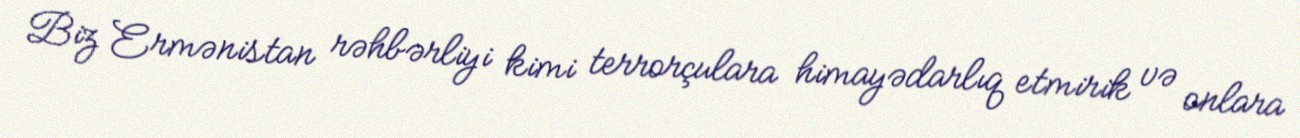
Biz Ermənistan rəhbərliyi kimi terrorçulara himayədarlıq etmirik və onlara